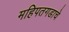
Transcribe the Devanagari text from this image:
महिपतगडाचे